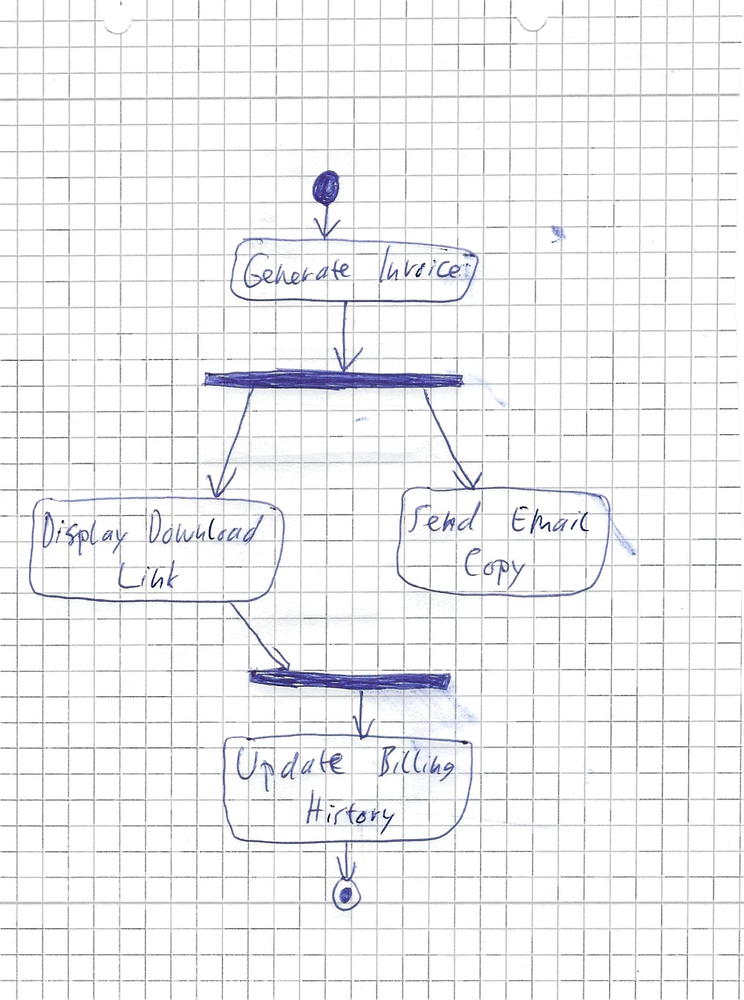
Diagram type: activity_diagram
```plantuml
@startuml

start
:Generate Invoice;
fork
  :Display Download Link;
fork again
  :Send Email Copy;
  detach
end fork
:Update Billing History;
stop

@enduml
```